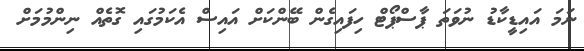
ނަމަ އައިޑީކާޑު ނުވަތަ ޕާސްޕޯޓް ހިފައިގެން ބޭންކަށް އައިސް އެކަމުގައި ގޮތެއް ނިންމުމަށް